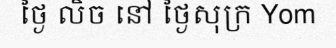
ថ្ងៃ លិច នៅ ថ្ងៃសុក្រ Yom